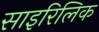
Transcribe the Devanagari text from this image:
साइरिलिक